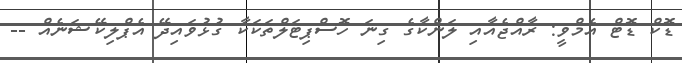
ޑޮކް ޑޮޓް އެމްވީ: ރާއްޖެއާއި ލަންކާގެ ގިނަ ހޮސްޕިޓަލްތަކަކާ ގުޅުވައިދޭ އެޕްލިކޭޝަނެއް --